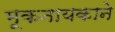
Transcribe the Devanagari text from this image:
मूकनायकाने